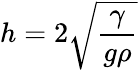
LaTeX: h=2{\sqrt{\frac{\gamma}{g\rho}}}